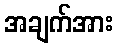
အချက်အား